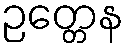
ဉတ္တေန